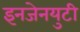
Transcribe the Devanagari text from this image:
इनजेनयुटी